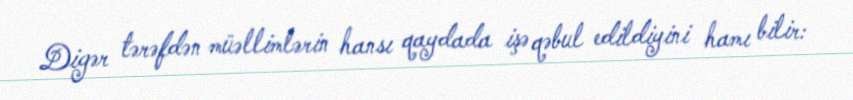
Digər tərəfdən müəllimlərin hansı qaydada işə qəbul edildiyini hamı bilir: